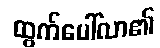
ထွက်ပေါ်လာ၏